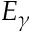
E _ { \gamma }